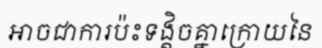
អាចជាការប៉ះទង្គិចគ្នាក្រោយនៃ